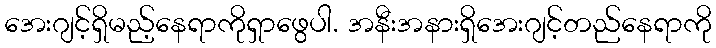
အေးဂျင့်ရှိမည့်နေရာကိုရှာဖွေပါ. အနီးအနားရှိအေးဂျင့်တည်နေရာကို